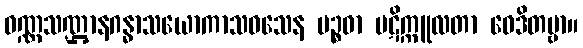
ဝဏ္ဏသဏ္ဌာနဂန္ဓာသယောကာသဝသေန ပဉ္စဓာ ပဋိက္ကူလတာ ဝေဒိတဗ္ဗာ။